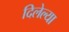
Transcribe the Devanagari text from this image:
दिलेल्‍या